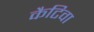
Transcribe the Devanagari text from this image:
कैटिवा